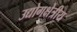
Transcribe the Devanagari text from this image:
उद्योगक्षेत्रीय